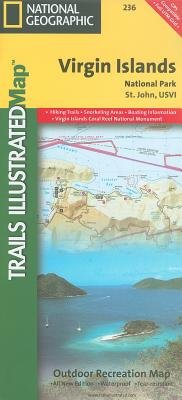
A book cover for Virgin Islands National Park St. John USVI[MAP-TRAILS ILLUS #236 VIRGIN I][Folded Map]; NationalGeographicMaps; Travel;